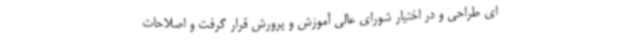
ای طراحی و در اختیار شورای عالی آموزش و پرورش قرار گرفت و اصلاحات